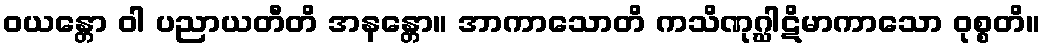
ဝယန္တော ဝါ ပညာယတီတိ အနန္တော။ အာကာသောတိ ကသိဏုဂ္ဃါဋိမာကာသော ဝုစ္စတိ။